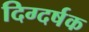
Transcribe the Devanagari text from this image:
दिग्दर्षक